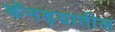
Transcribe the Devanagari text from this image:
कॅनड्यातील